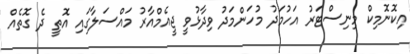
އިކޮނޮމިކް މިނިސްޓަރު އަހުމަދު މުހަންމަދު ވިދާޅުވީ ޖީއެމްއާރު މައްސަލާގައި އޮތީ ދެ ގޮތެއް